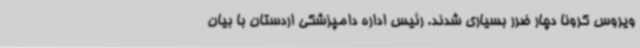
ویروس کرونا دچار ضرر بسیاری شدند. رئیس اداره دامپزشکی اردستان با بیان